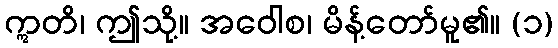
ဣတိ၊ ဤသို့။ အဝေါစ၊ မိန့်တော်မူ၏။ (၁)